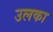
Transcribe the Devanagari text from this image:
उलका